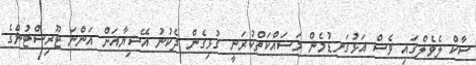
ސާކް ލެވެލްގައި ވެސް އަޅުގަނޑުމެން މަސައްކަތްކުރަނީ ގުޅިގެން ދެކުނު އޭޝިޔާއަށް އަންނަ ޓޫރިސްޓުންގެ